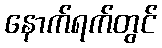
နောက်ရက်တွင်